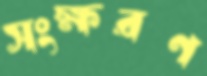
সংক্ষরণ